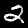
Label: 2